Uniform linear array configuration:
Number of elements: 4
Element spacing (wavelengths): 0.25
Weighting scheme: blackman
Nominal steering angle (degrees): -60
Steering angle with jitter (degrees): -60.588
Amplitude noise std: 0.05
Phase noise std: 0.05

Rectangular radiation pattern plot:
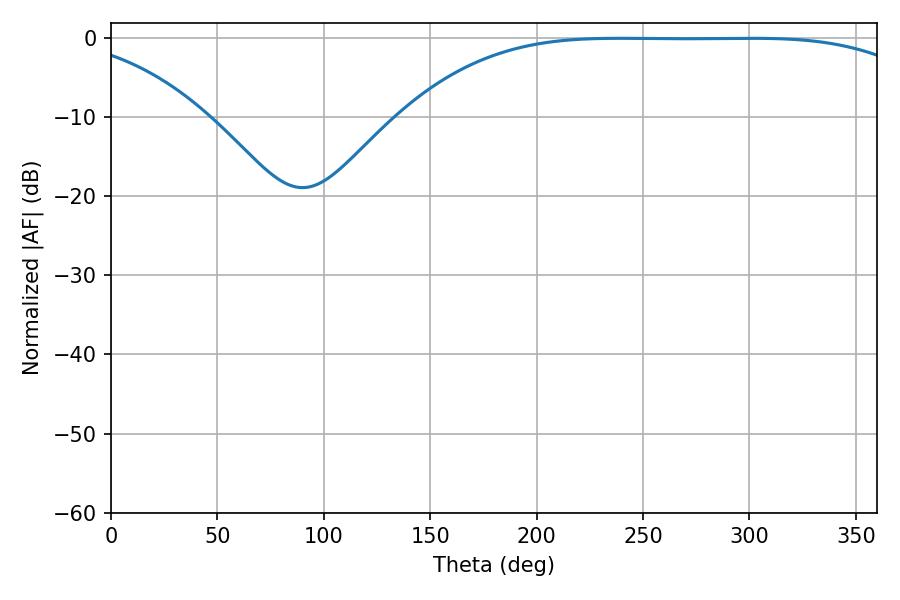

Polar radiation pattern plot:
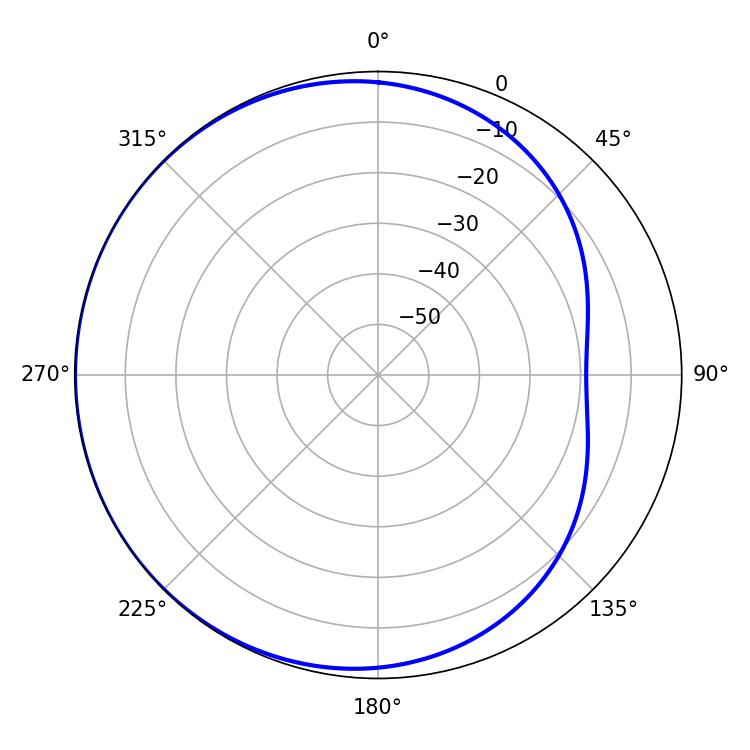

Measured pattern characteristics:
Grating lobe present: FALSE
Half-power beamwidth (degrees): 188.1
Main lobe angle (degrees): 239.04